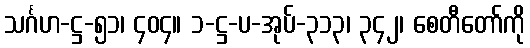
သင်္ဂဟ-ဋ္ဌ-၅၁၊ ၄၀၄။ ၁-ဋ္ဌ-ပ-အုပ်-၃၁၃၊ ၃၄၂၊ စေတီတော်ကို